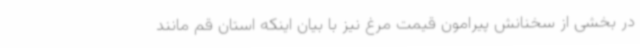
در بخشی از سخنانش پیرامون قیمت مرغ نیز با بیان اینکه استان قم مانند